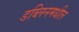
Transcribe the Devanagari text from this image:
डब्लिनमधील